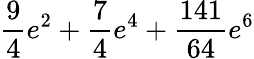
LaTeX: \frac{9}{4}e^{2}+\frac{7}{4}e^{4}+\frac{141}{64}e^{6}